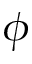
\phi